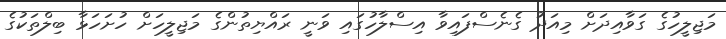
މަޖިލީހުގެ ގަވާއިދަށް މިއަދު ގެނެސްފައިވާ އިސްލާހުގައި ވަނީ ރައްޔިތުންގެ މަޖިލީހަށް ހުށަހަޅާ ބިލްތަކުގެ